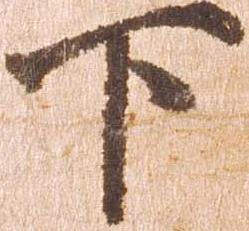
下